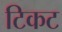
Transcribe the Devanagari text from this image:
टिकट